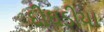
દીઘડીયા